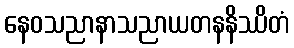
နေဝသညာနာသညာယတနနိဿိတံ